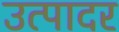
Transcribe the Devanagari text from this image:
उत्पादर